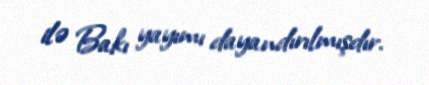
ilə Bakı yayımı dayandırılmışdır.